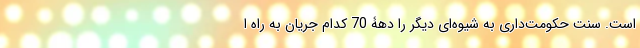
است. سنت حکومت‌داری به شیوه‌ای دیگر را دهۀ 70 کدام جریان به راه ا